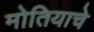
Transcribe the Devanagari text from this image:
मोतियाचे